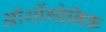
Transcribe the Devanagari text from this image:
ऑर्थोगोनिक